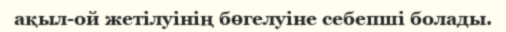
ақыл-ой жетілуінің бөгелуіне себепші болады.